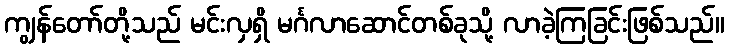
ကျွန်တော်တို့သည် မင်းလှရှိ မင်္ဂလာဆောင်တစ်ခုသို့ လာခဲ့ကြခြင်းဖြစ်သည်။